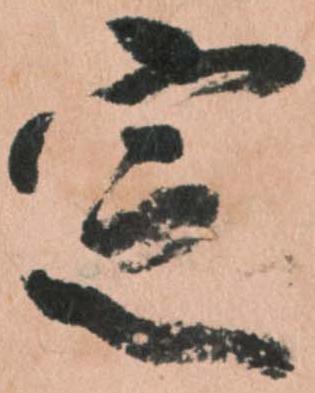
定